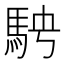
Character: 𩢆